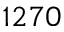
1 2 7 0